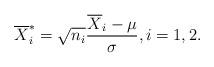
LaTeX: \begin{align*} \overline{X}_i^* = \sqrt{n_i} \frac{ \overline{X}_i - \mu }{ \sigma }, i = 1, 2.\end{align*}